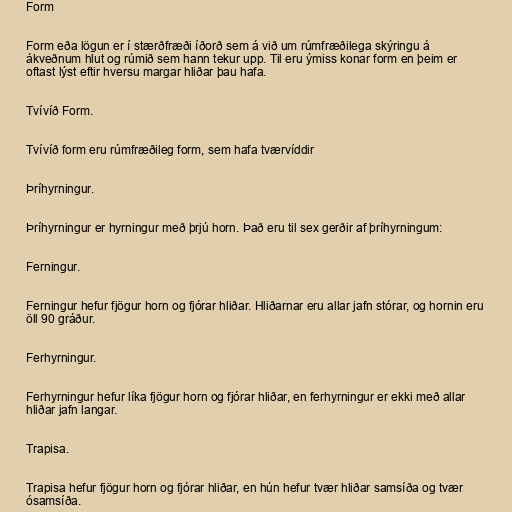
Form

Form eða lögun er í stærðfræði íðorð sem á við um rúmfræðilega skýringu á
ákveðnum hlut og rúmið sem hann tekur upp. Til eru ýmiss konar form en þeim er
oftast lýst eftir hversu margar hliðar þau hafa.

Tvívíð Form.

Tvívíð form eru rúmfræðileg form, sem hafa tværvíddir

Þríhyrningur.

Þríhyrningur er hyrningur með þrjú horn. Það eru til sex gerðir af þríhyrningum:

Ferningur.

Ferningur hefur fjögur horn og fjórar hliðar. Hliðarnar eru allar jafn stórar, og hornin eru
öll 90 gráður.

Ferhyrningur.

Ferhyrningur hefur líka fjögur horn og fjórar hliðar, en ferhyrningur er ekki með allar
hliðar jafn langar.

Trapisa.

Trapisa hefur fjögur horn og fjórar hliðar, en hún hefur tvær hliðar samsíða og tvær
ósamsíða.